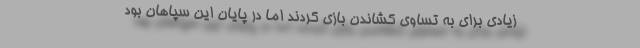
زیادی برای به تساوی کشاندن بازی کردند اما در پایان این سپاهان بود